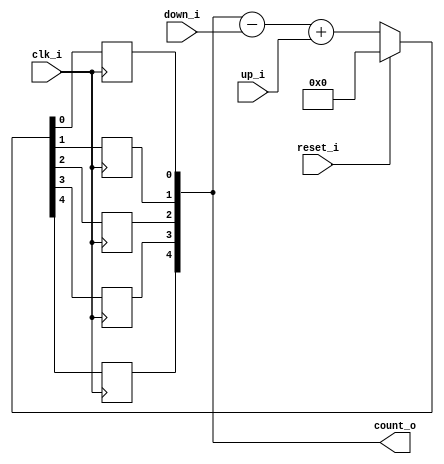
module bsg_counter_up_down_max_val_p16_init_val_p0_max_step_p1
(
  clk_i,
  reset_i,
  up_i,
  down_i,
  count_o
);

  input [0:0] up_i;
  input [0:0] down_i;
  output [4:0] count_o;
  input clk_i;
  input reset_i;
  wire [4:0] count_o;
  wire N0,N1,N2,N3,N4,N5,N6,N7,N8,N9,N10,N11,N12,N13,N14,N15,N16,N17;
  reg count_o_4_sv2v_reg,count_o_3_sv2v_reg,count_o_2_sv2v_reg,count_o_1_sv2v_reg,
  count_o_0_sv2v_reg;
  assign count_o[4] = count_o_4_sv2v_reg;
  assign count_o[3] = count_o_3_sv2v_reg;
  assign count_o[2] = count_o_2_sv2v_reg;
  assign count_o[1] = count_o_1_sv2v_reg;
  assign count_o[0] = count_o_0_sv2v_reg;

  always @(posedge clk_i) begin
    if(1'b1) begin
      count_o_4_sv2v_reg <= N17;
    end 
  end


  always @(posedge clk_i) begin
    if(1'b1) begin
      count_o_3_sv2v_reg <= N16;
    end 
  end


  always @(posedge clk_i) begin
    if(1'b1) begin
      count_o_2_sv2v_reg <= N15;
    end 
  end


  always @(posedge clk_i) begin
    if(1'b1) begin
      count_o_1_sv2v_reg <= N14;
    end 
  end


  always @(posedge clk_i) begin
    if(1'b1) begin
      count_o_0_sv2v_reg <= N13;
    end 
  end

  assign { N7, N6, N5, N4, N3 } = count_o - down_i[0];
  assign { N12, N11, N10, N9, N8 } = { N7, N6, N5, N4, N3 } + up_i[0];
  assign { N17, N16, N15, N14, N13 } = (N0)? { 1'b0, 1'b0, 1'b0, 1'b0, 1'b0 } : 
                                       (N1)? { N12, N11, N10, N9, N8 } : 1'b0;
  assign N0 = reset_i;
  assign N1 = N2;
  assign N2 = ~reset_i;

endmodule